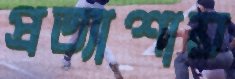
প্রত্যাশায়